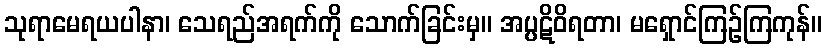
သုရာမေရယပါနာ၊ သေရည်အရက်ကို သောက်ခြင်းမှ။ အပ္ပဋိဝိရတာ၊ မရှောင်ကြဉ်ကြကုန်။